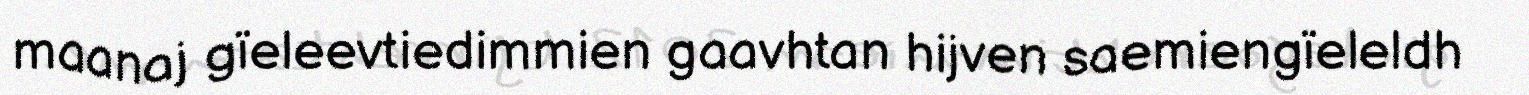
maanaj gïeleevtiedimmien gaavhtan hijven saemiengïeleldh